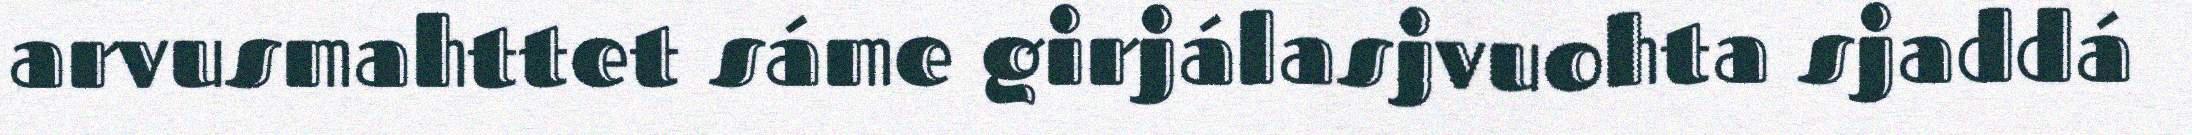
arvusmahttet sáme girjálasjvuohta sjaddá